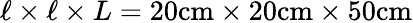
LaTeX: \ell\times\ell\times L=20\mathrm{cm}\times 20\mathrm{cm}\times 50\mathrm{cm}